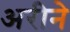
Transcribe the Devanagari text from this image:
अरीने